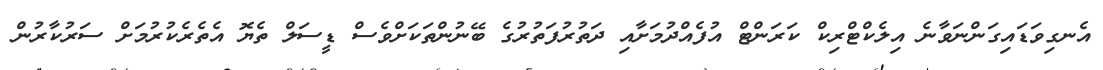
އެނގިވަޑައިގަންނަވާނެ އިލެކްޓްރިކް ކަރަންޓް އުފެއްދުމަށާއި ދަތުރުފަތުރުގެ ބޭނުންތަކަށްވެސް ޑީސަލް ތެޔޮ އެތެރެކުރުމަށް ސަރުކާރުން